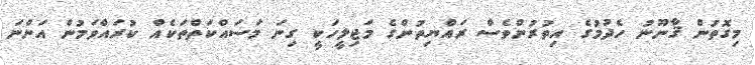
މިގޮތުން ޤާނޫނު ހެދުމުގެ އިތުރުންވެސް ރައްޔިތުންގެ މަޖިލީހަކީ ގިނަ މަސައްކަތްތަކެއް ކުރައްވަމުން އަންނަ